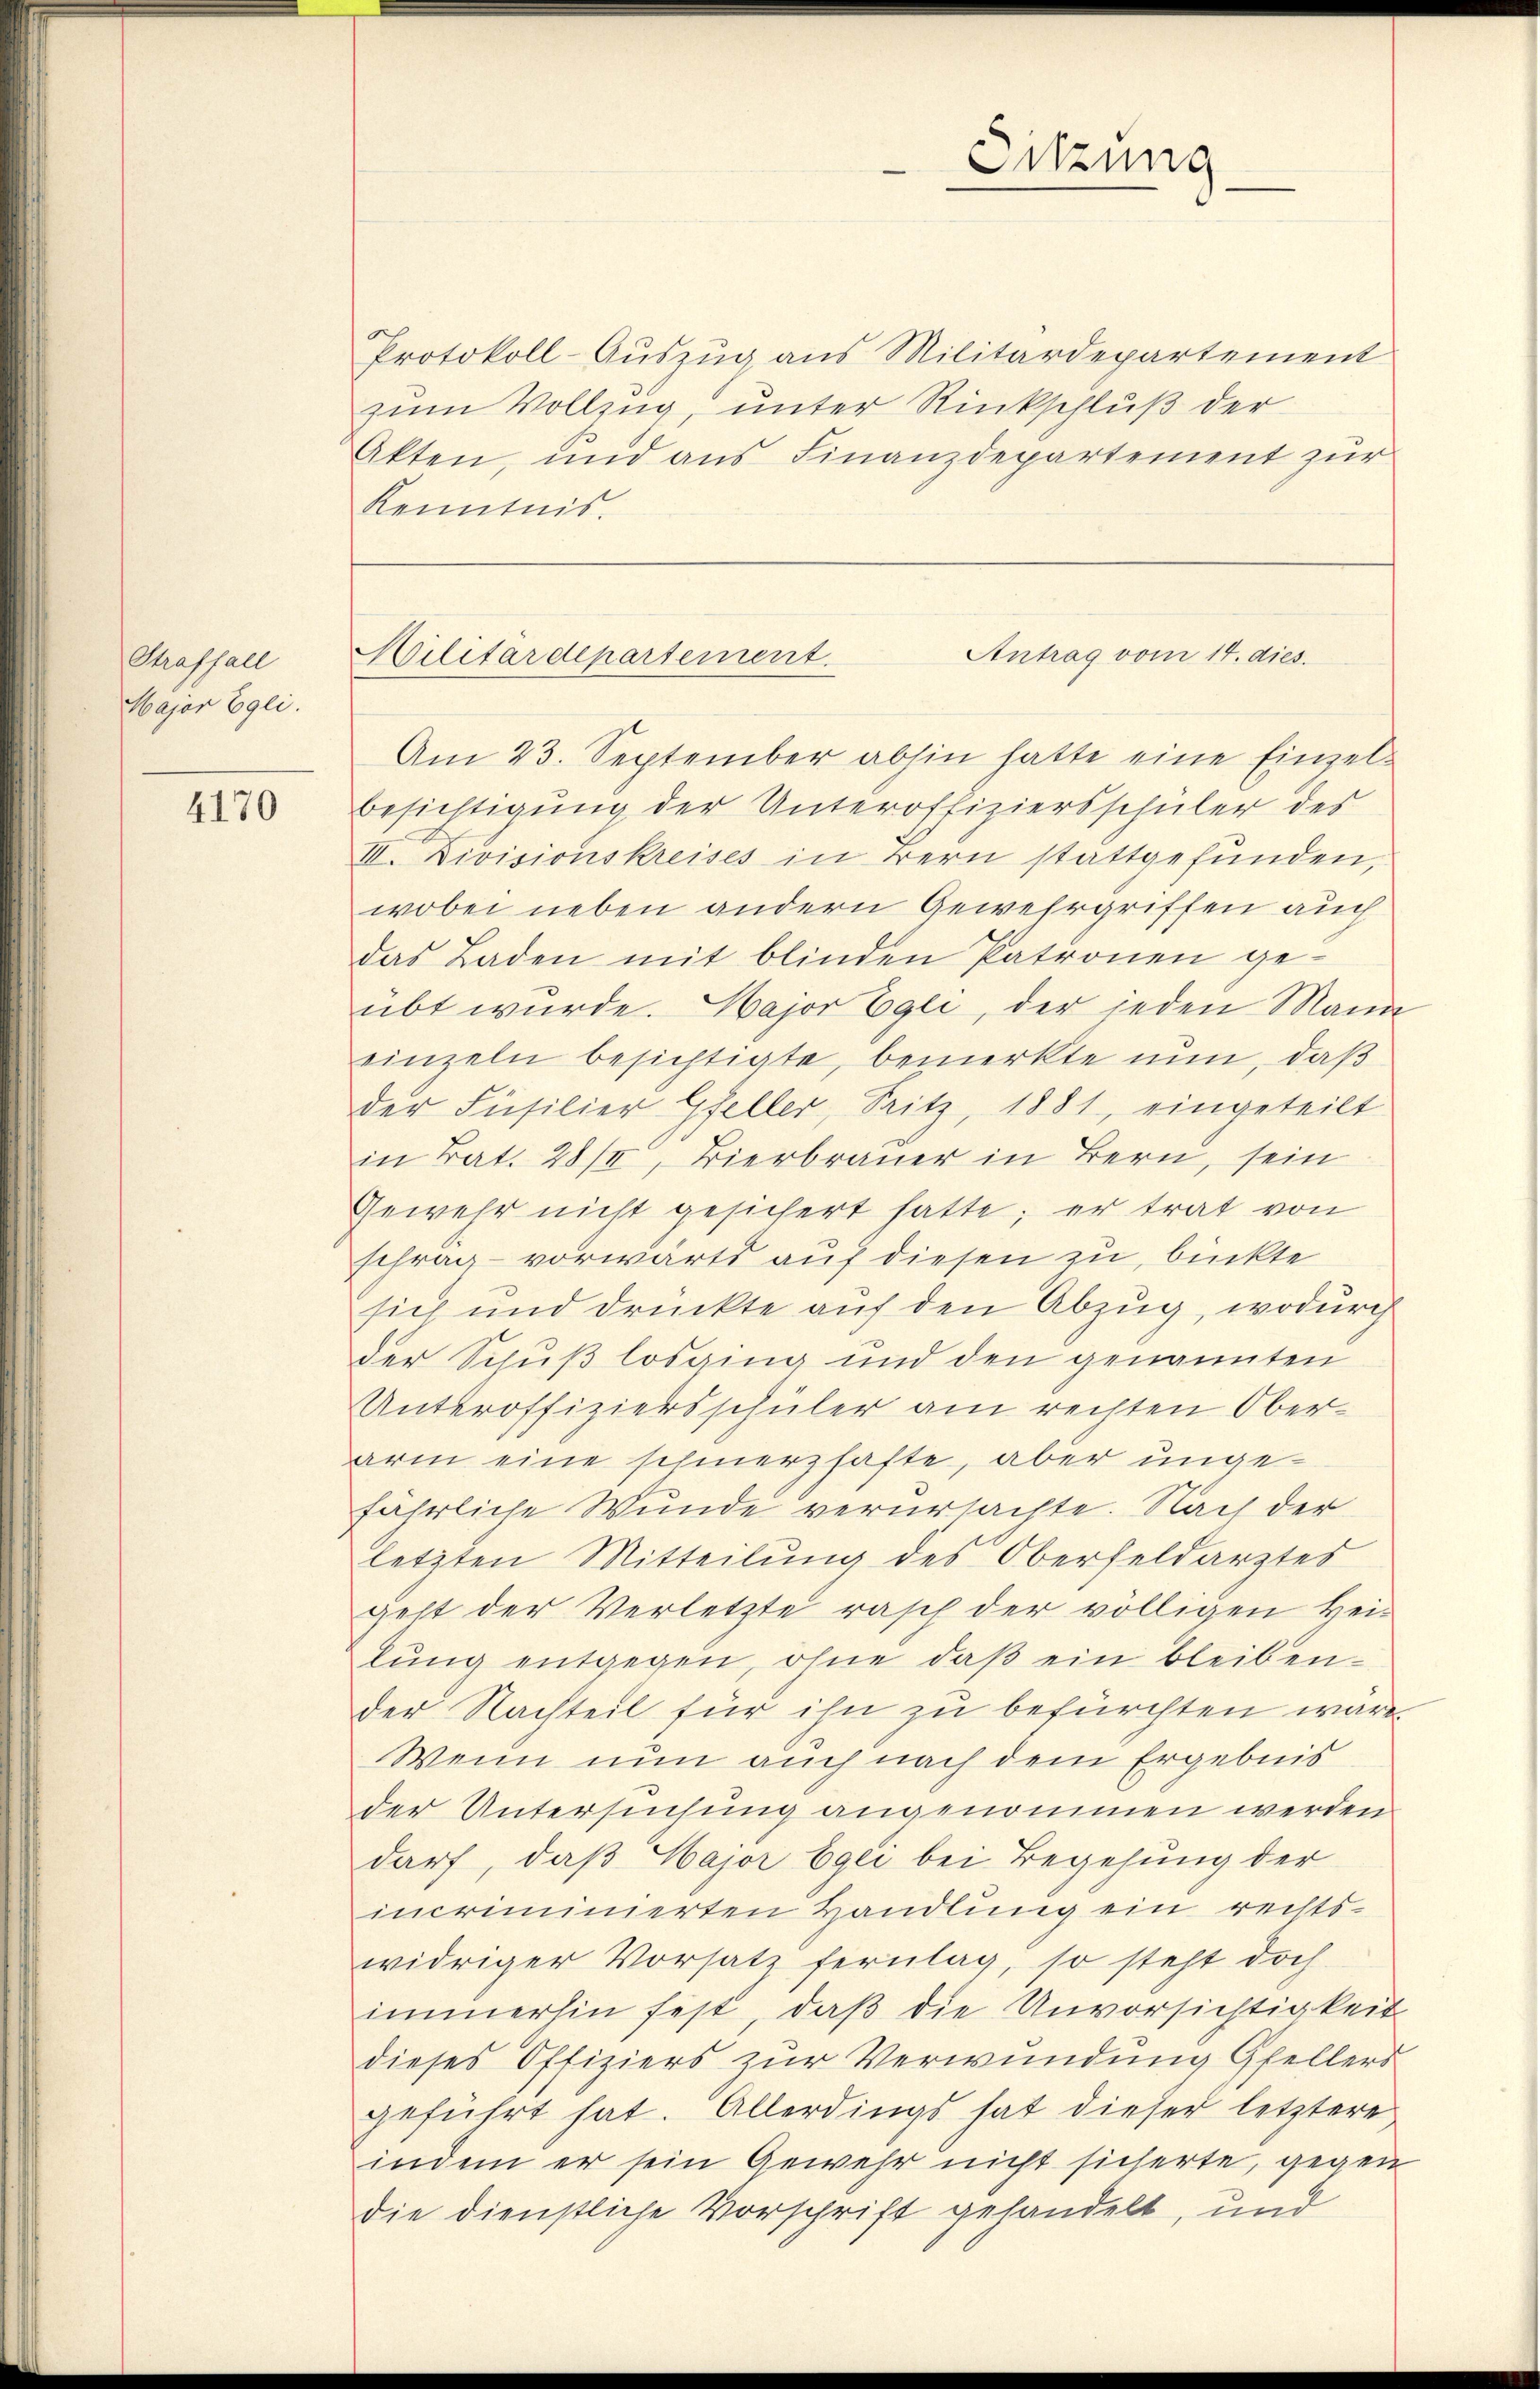
Straffall
Major Egli.

4170

Protokoll-Auszug aus Militärdepartement
zum Vollzug, unter Rückschluß der
Akten, und aus Finanzdepartement zur
Kenntnis.

Sitzung
e

Antrag vom 14. dies.
Militärdepartement.

Am 23. September abhin hatte eine Einzel¬
Besichtigung der Unteroffiziersschüler des
II. Divisionskreises in Bern stattgefunden,
wobei neben andern Gewehrgriffen auch
das Laden mit blinden Patronen geübt wurde. Major Egli, der jeden Mann
einzeln besichtigte, bemerkte nun, daß
der Füsilier Gfeller, Pritz, 1881, eingeteilt
in Bat. 28/4, Bierbrauer in Bern, sein
Gewehr nicht gesichert hatte; er trat von
schrag- vorwärts auf diesen zu, bückte
sich und drückte auf den Abzug, wodurch
der Schuß losging und den genannten
Unteroffiziersschüler am rechten Oberarm eine schmerzhafte, aber ungefährliche Wunde verursachte. Nach der
letzten Mitteilung des Oberfeldarztes
geht der Verletzte rasch der völligen Heilung entgegen, ohne daß ein bleibender Nachteil für ihn zu befürchten wäre
Wenn nun auch nach dem Ergebnis
der Untersuchung angenommen werden
darf, daß Major Egli bei Begehung der
incriminierten Handlung ein rechts-
widriger Vorsatz ferntag, so steht doch
immerhin fest, daß die Unvorsichtigkeit
dieses Offiziers zur Verwundung Gfellers
geführt hat. Allerdings hat dieser letztere
indem er sein Gewehr nicht sicherte, gegen
die dienstliche Vorschrift gehandelt, und